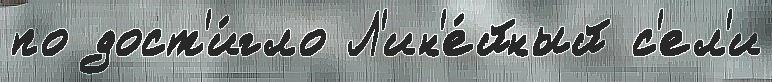
по дост'и́гло Л'ин'е́йный с'ел'и